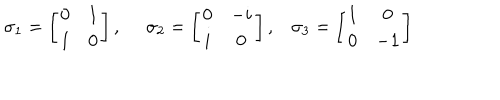
\sigma _ { 1 } = \left[ \begin{array} { c c } { { 0 } } & { { 1 } } \\ { { 1 } } & { { 0 } } \\ \end{array} \right] , \; \; \ \ \ \sigma _ { 2 } = \left[ \begin{array} { c c } { { 0 } } & { { - i } } \\ { { i } } & { { 0 } } \\ \end{array} \right] , \sigma _ { 3 } = \left[ \begin{array} { c c } { { 1 } } & { { 0 } } \\ { { 0 } } & { { - 1 } } \\ \end{array} \right]